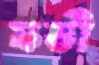
যতী